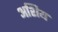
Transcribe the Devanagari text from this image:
अशिय